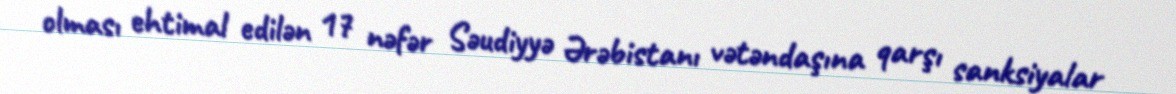
olması ehtimal edilən 17 nəfər Səudiyyə Ərəbistanı vətəndaşına qarşı sanksiyalar